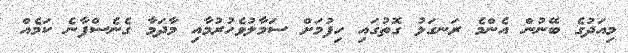
މިއަދުގެ ބޭނުން އެންމެ ރަނގަޅު ގޮތުގައި ހިފުމަށް ސަމާލުވެހުރުމާއި މާދަމާ ގެނެސްފާނެ ކަމެއް